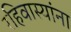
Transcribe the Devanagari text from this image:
रहिवास्यांना